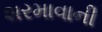
શરમાવાની